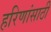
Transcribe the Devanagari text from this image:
हरिणांसाठी